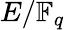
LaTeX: E/\mathbb{F}_{q}